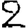
Digit: 2